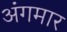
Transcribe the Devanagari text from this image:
अंगमार